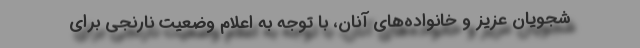
شجویان عزیز و خانواده‌های آنان، با توجه به اعلام وضعیت نارنجی برای